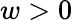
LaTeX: w>0